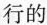
行的